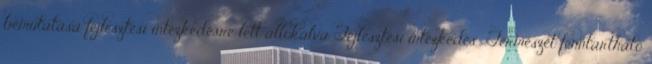
bemutatása fejlesztési intézkedésre lett allokálva Fejlesztési intézkedés ▪Természet fenntartható